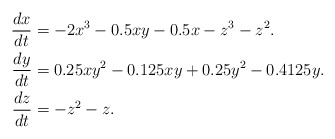
\begin{align*}\frac{dx}{dt} &=-2x^3-0.5xy-0.5x-z^3-z^2.\\\frac{dy}{dt} & =0.25xy^2-0.125xy+0.25y^2-0.4125y.\\ \frac{dz}{dt} & =-z^2-z.\\\end{align*}